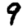
Digit: 9